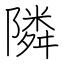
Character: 隣